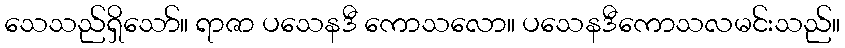
သေသည်ရှိသော်။ ရာဇာ ပသေနဒီ ကောသလော။ ပသေနဒီကောသလမင်းသည်။